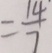
= \frac { 1 4 } { 7 }